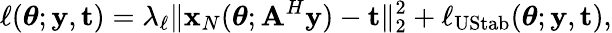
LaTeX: \displaystyle\ell(\boldsymbol{\theta};\mathbf y,\mathbf t)=\lambda_{\ell}\| \mathbf x_{N}(\boldsymbol\theta;\mathbf A^{H}\mathbf y)-\mathbf t\| _{2}^{2}+\ell_{\mathrm{UStab}}(\boldsymbol{\theta};\mathbf y,\mathbf t),